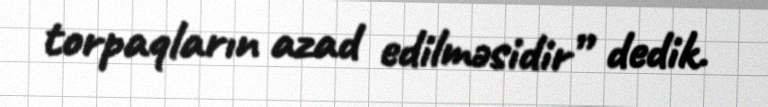
torpaqların azad edilməsidir” dedik.